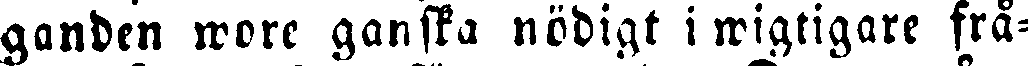
ganden wore ganska nödigt i wigtigare frå-